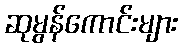
ဆုမွန်ကောင်းများ